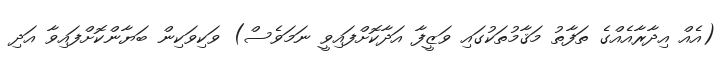
(އެއް އިދާރާއެއްގެ ތަފާތު މަޤާމުތަކުގައި ވަޒީފާ އަދާކޮށްފައިވީ ނަމަވެސް) ވަކިވަކިން ބަޔާންކޮށްފައިވާ އަދި